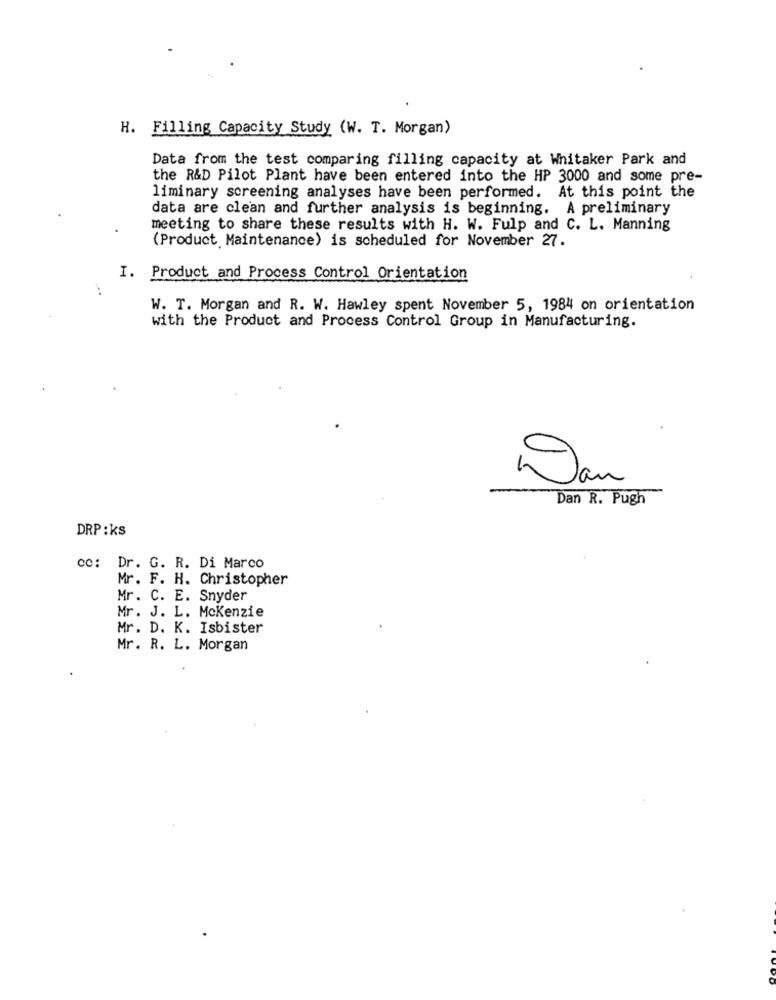
H. Filling Capacity Study (W. T. Morgan)
Data from the test comparing filling capacity at Whitaker Park and
the R&D Pilot Plant have been entered into the HP 3000 and some pre-
liminary screening analyses have been performed. At this point the
data are clean and further analysis is beginning. A preliminary
meeting to share these results with H. W. Fulp and C. L. Manning
(Product Maintenance) is scheduled for November 27.
I. Product and Process Control Orientation
W. T. Morgan and R. W. Hawley spent November 5, 1984 on orientation
with the Product and Process Control Group in Manufacturing.
Dan
Dan R. Pugh
DRP : ks
cc: Dr. G. R. Di Marco
Mr. F. H. Christopher
Mr. C. E. Snyder
Mr. J. L. Mckenzie
Mr. D. K. Isbister
Mr. R. L. Morgan